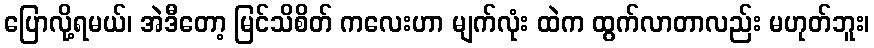
ပြောလို့ရမယ်၊ အဲဒီတော့ မြင်သိစိတ် ကလေးဟာ မျက်လုံး ထဲက ထွက်လာတာလည်း မဟုတ်ဘူး၊